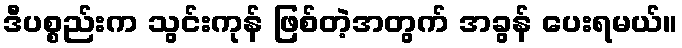
ဒီပစ္စည်းက သွင်းကုန် ဖြစ်တဲ့အတွက် အခွန် ပေးရမယ်။